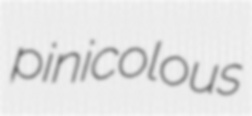
pinicolous